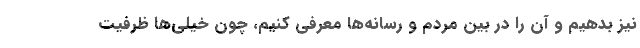
نیز بدهیم و آن را در بین مردم و رسانه‌ها معرفی کنیم، چون خیلی‌ها ظرفیت